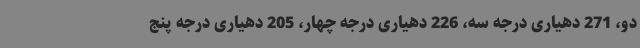
دو، 271 دهیاری درجه سه، 226 دهیاری درجه چهار، 205 دهیاری درجه پنج